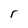
Character: r